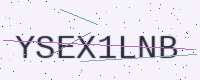
Text: YSEX1LNB